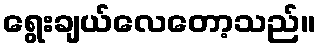
ရွေးချယ်လေတော့သည်။